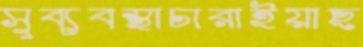
সুব্যবস্থাচারাইয়াছ